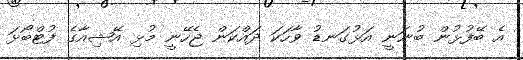
އެ ބޭފުޅުން ބުނަނީ އަޅުގަނޑު ވާހަކަ ދައްކަން ޖެހޭނީ މުޅި އޭޝިއާގެ ފުޓްބޯޅަ